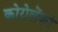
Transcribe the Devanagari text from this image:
कोरोलेंको